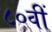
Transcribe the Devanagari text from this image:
८०वीं